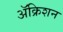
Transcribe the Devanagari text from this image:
ॲक्रिशन